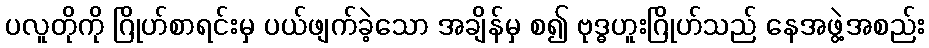
ပလူတိုကို ဂြိုဟ်စာရင်းမှ ပယ်ဖျက်ခဲ့သော အချိန်မှ စ၍ ဗုဒ္ဓဟူးဂြိုဟ်သည် နေအဖွဲ့အစည်း